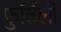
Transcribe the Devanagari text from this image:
फुर्तिली